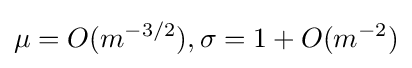
\mu =O(m^{-3/2}),\sigma =1+O(m^{-2})